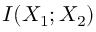
I ( X _ { 1 } ; X _ { 2 } )